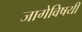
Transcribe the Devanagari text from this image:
जागेविषयी